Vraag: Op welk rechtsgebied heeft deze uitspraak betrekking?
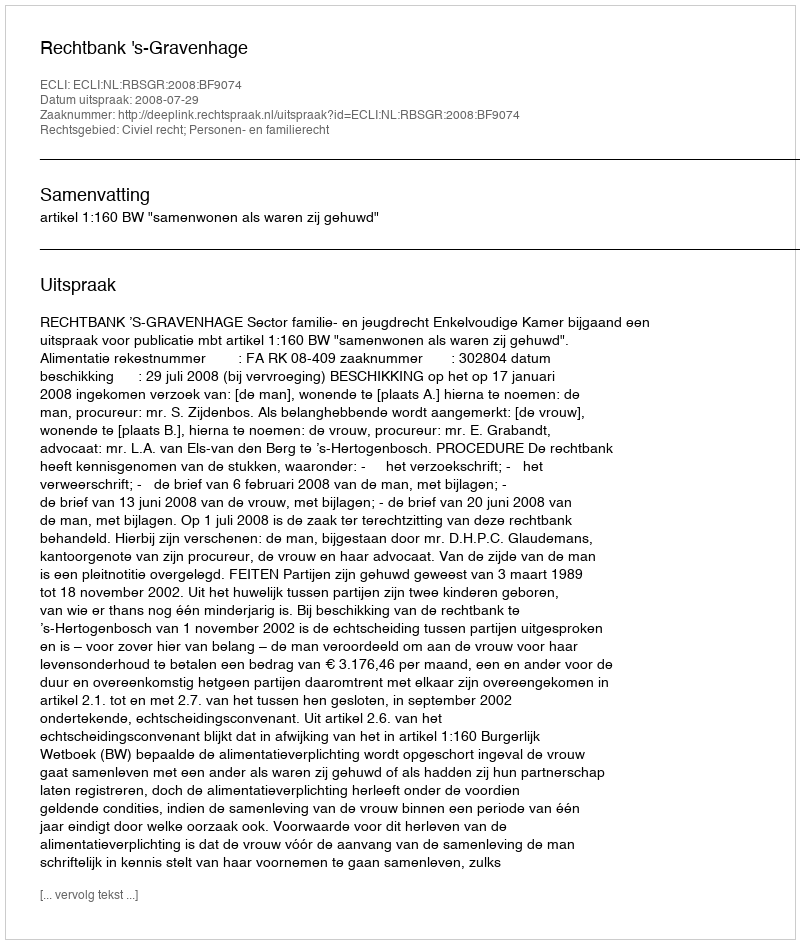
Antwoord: Civiel recht; Personen- en familierecht